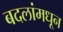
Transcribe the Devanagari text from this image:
बदलांमधून